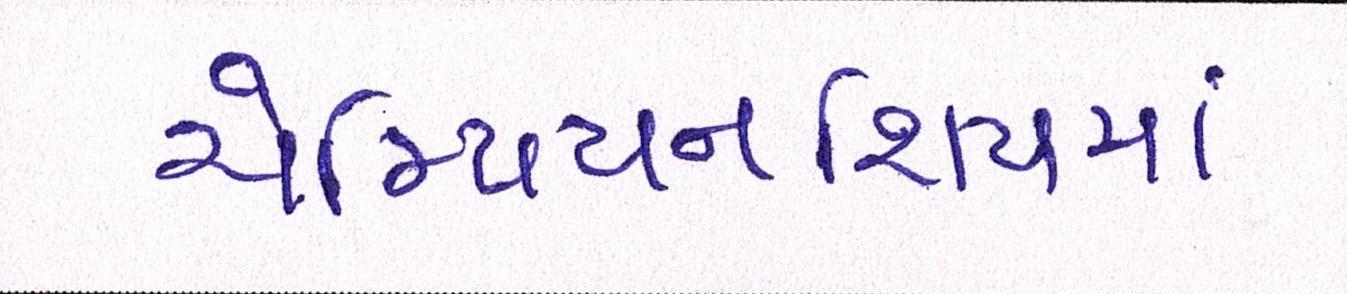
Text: ચેમ્પિયનશિપમાં